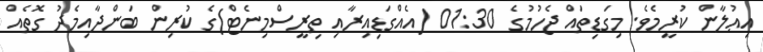
އިޢުލާން ކުރީމެވެ. މިގަޑިތައް ޖެހުމުގެ 01:30 (އެއްގަޑިއިރާއި ތިރީސްމިނެޓް)ގެ ކުރިން ބަންދާއިމެދު ގޮތެއް